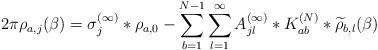
\begin{align*}2\pi {\rho}_{a,j}(\beta) = \sigma_j^{(\infty)} * \rho_{a,0} - \sum_{b=1}^{N-1}\sum_{l=1}^\infty A_{jl}^{(\infty)} * K_{ab}^{(N)} * \widetilde\rho_{b,l}(\beta)\end{align*}